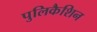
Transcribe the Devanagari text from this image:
पुलिकैशिन